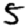
Digit: 5